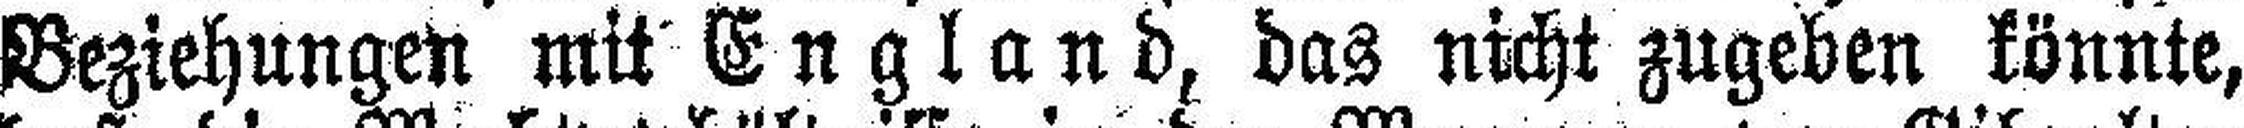
Beziehungen mit England, das nicht zugeben könnte,